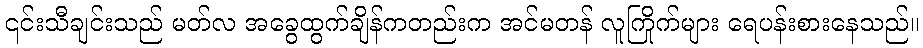
၎င်းသီချင်းသည် မတ်လ အခွေထွက်ချိန်ကတည်းက အင်မတန် လူကြိုက်များ ရေပန်းစားနေသည်။